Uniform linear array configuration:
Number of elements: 48
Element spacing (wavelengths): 0.25
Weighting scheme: exponential
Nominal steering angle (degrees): -60
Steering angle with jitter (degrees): -58.753
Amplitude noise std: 0.05
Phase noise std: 0.05

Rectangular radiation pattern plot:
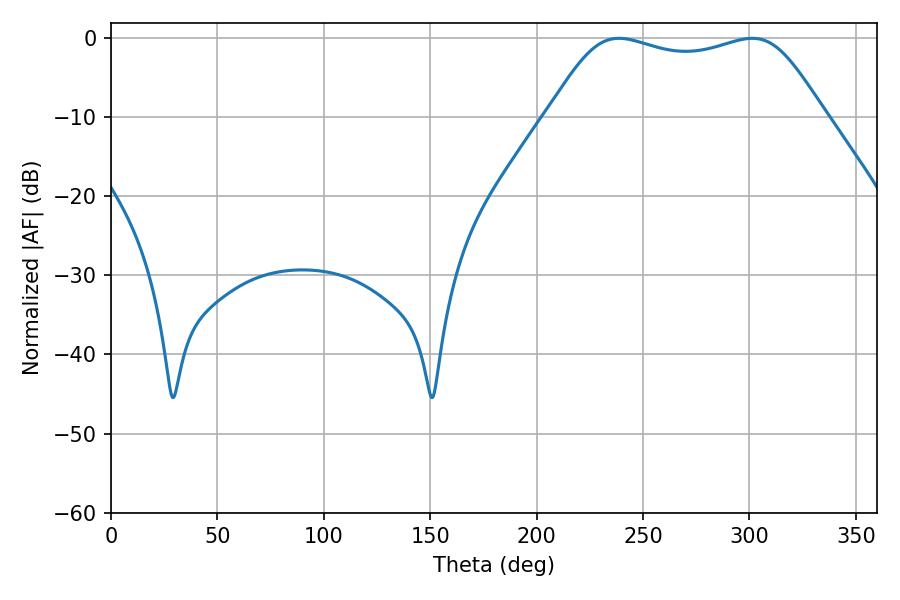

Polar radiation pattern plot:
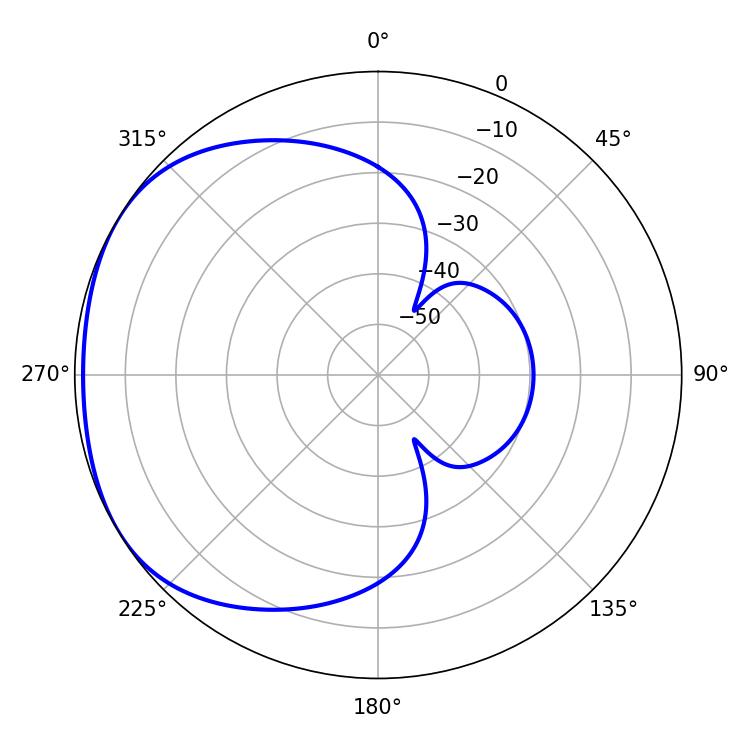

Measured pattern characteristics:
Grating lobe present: FALSE
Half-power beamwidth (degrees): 99.36
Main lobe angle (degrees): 238.68